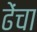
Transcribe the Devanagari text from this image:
ढेंचा